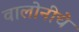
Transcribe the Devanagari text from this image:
वालोनीचे